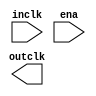
module clkbuf (
		input  wire  inclk,  //  altclkctrl_input.inclk
		input  wire  ena,    //                  .ena
		output wire  outclk  // altclkctrl_output.outclk
	);
endmodule